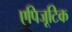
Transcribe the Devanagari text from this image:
एपिजूटिक